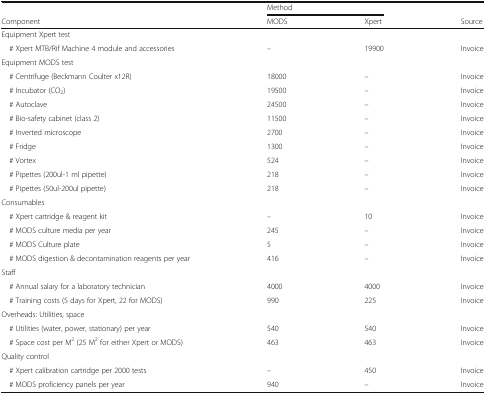
<table><thead><tr><td></td><td colspan="2"><b>Method</b></td><td></td></tr><tr><td><b>Component</b></td><td><b>MODS</b></td><td><b>Xpert</b></td><td><b>Source</b></td></tr></thead><tbody><tr><td colspan="4">Equipment Xpert test</td></tr><tr><td> # Xpert MTB/Rif Machine 4 module and accessories</td><td>–</td><td>19900</td><td>Invoice</td></tr><tr><td colspan="4">Equipment MODS test</td></tr><tr><td> # Centrifuge (Beckmann Coulter x12R)</td><td>18000</td><td>–</td><td>Invoice</td></tr><tr><td> # Incubator (CO<sub>2</sub>)</td><td>19500</td><td>–</td><td>Invoice</td></tr><tr><td> # Autoclave</td><td>24500</td><td>–</td><td>Invoice</td></tr><tr><td> # Bio-safety cabinet (class 2)</td><td>11500</td><td>–</td><td>Invoice</td></tr><tr><td> # Inverted microscope</td><td>2700</td><td>–</td><td>Invoice</td></tr><tr><td> # Fridge</td><td>1300</td><td>–</td><td>Invoice</td></tr><tr><td> # Vortex</td><td>524</td><td>–</td><td>Invoice</td></tr><tr><td> # Pipettes (200ul-1 ml pipette)</td><td>218</td><td>–</td><td>Invoice</td></tr><tr><td> # Pipettes (50ul-200ul pipette)</td><td>218</td><td>–</td><td>Invoice</td></tr><tr><td colspan="4">Consumables</td></tr><tr><td> # Xpert cartridge &amp; reagent kit</td><td>–</td><td>10</td><td>Invoice</td></tr><tr><td> # MODS culture media per year</td><td>245</td><td>–</td><td>Invoice</td></tr><tr><td> # MODS Culture plate</td><td>5</td><td>–</td><td>Invoice</td></tr><tr><td> # MODS digestion &amp; decontamination reagents per year</td><td>416</td><td>–</td><td>Invoice</td></tr><tr><td colspan="4">Staff</td></tr><tr><td> # Annual salary for a laboratory technician</td><td>4000</td><td>4000</td><td>Invoice</td></tr><tr><td> # Training costs (5 days for Xpert, 22 for MODS)</td><td>990</td><td>225</td><td>Invoice</td></tr><tr><td colspan="4">Overheads: Utilities, space</td></tr><tr><td> # Utilities (water, power, stationary) per year</td><td>540</td><td>540</td><td>Invoice</td></tr><tr><td> # Space cost per M<sup>2</sup> (25 M<sup>2</sup> for either Xpert or MODS)</td><td>463</td><td>463</td><td>Invoice</td></tr><tr><td colspan="4">Quality control</td></tr><tr><td> # Xpert calibration cartridge per 2000 tests</td><td>–</td><td>450</td><td>Invoice</td></tr><tr><td> # MODS proficiency panels per year</td><td>940</td><td>–</td><td>Invoice</td></tr></tbody></table>